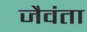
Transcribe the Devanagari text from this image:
जैवंता